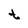
Character: t